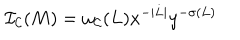
{ \cal I _ { C } } ( M ) = \omega _ { \cal C } ( L ) x ^ { - | L | } y ^ { - \sigma ( L ) }